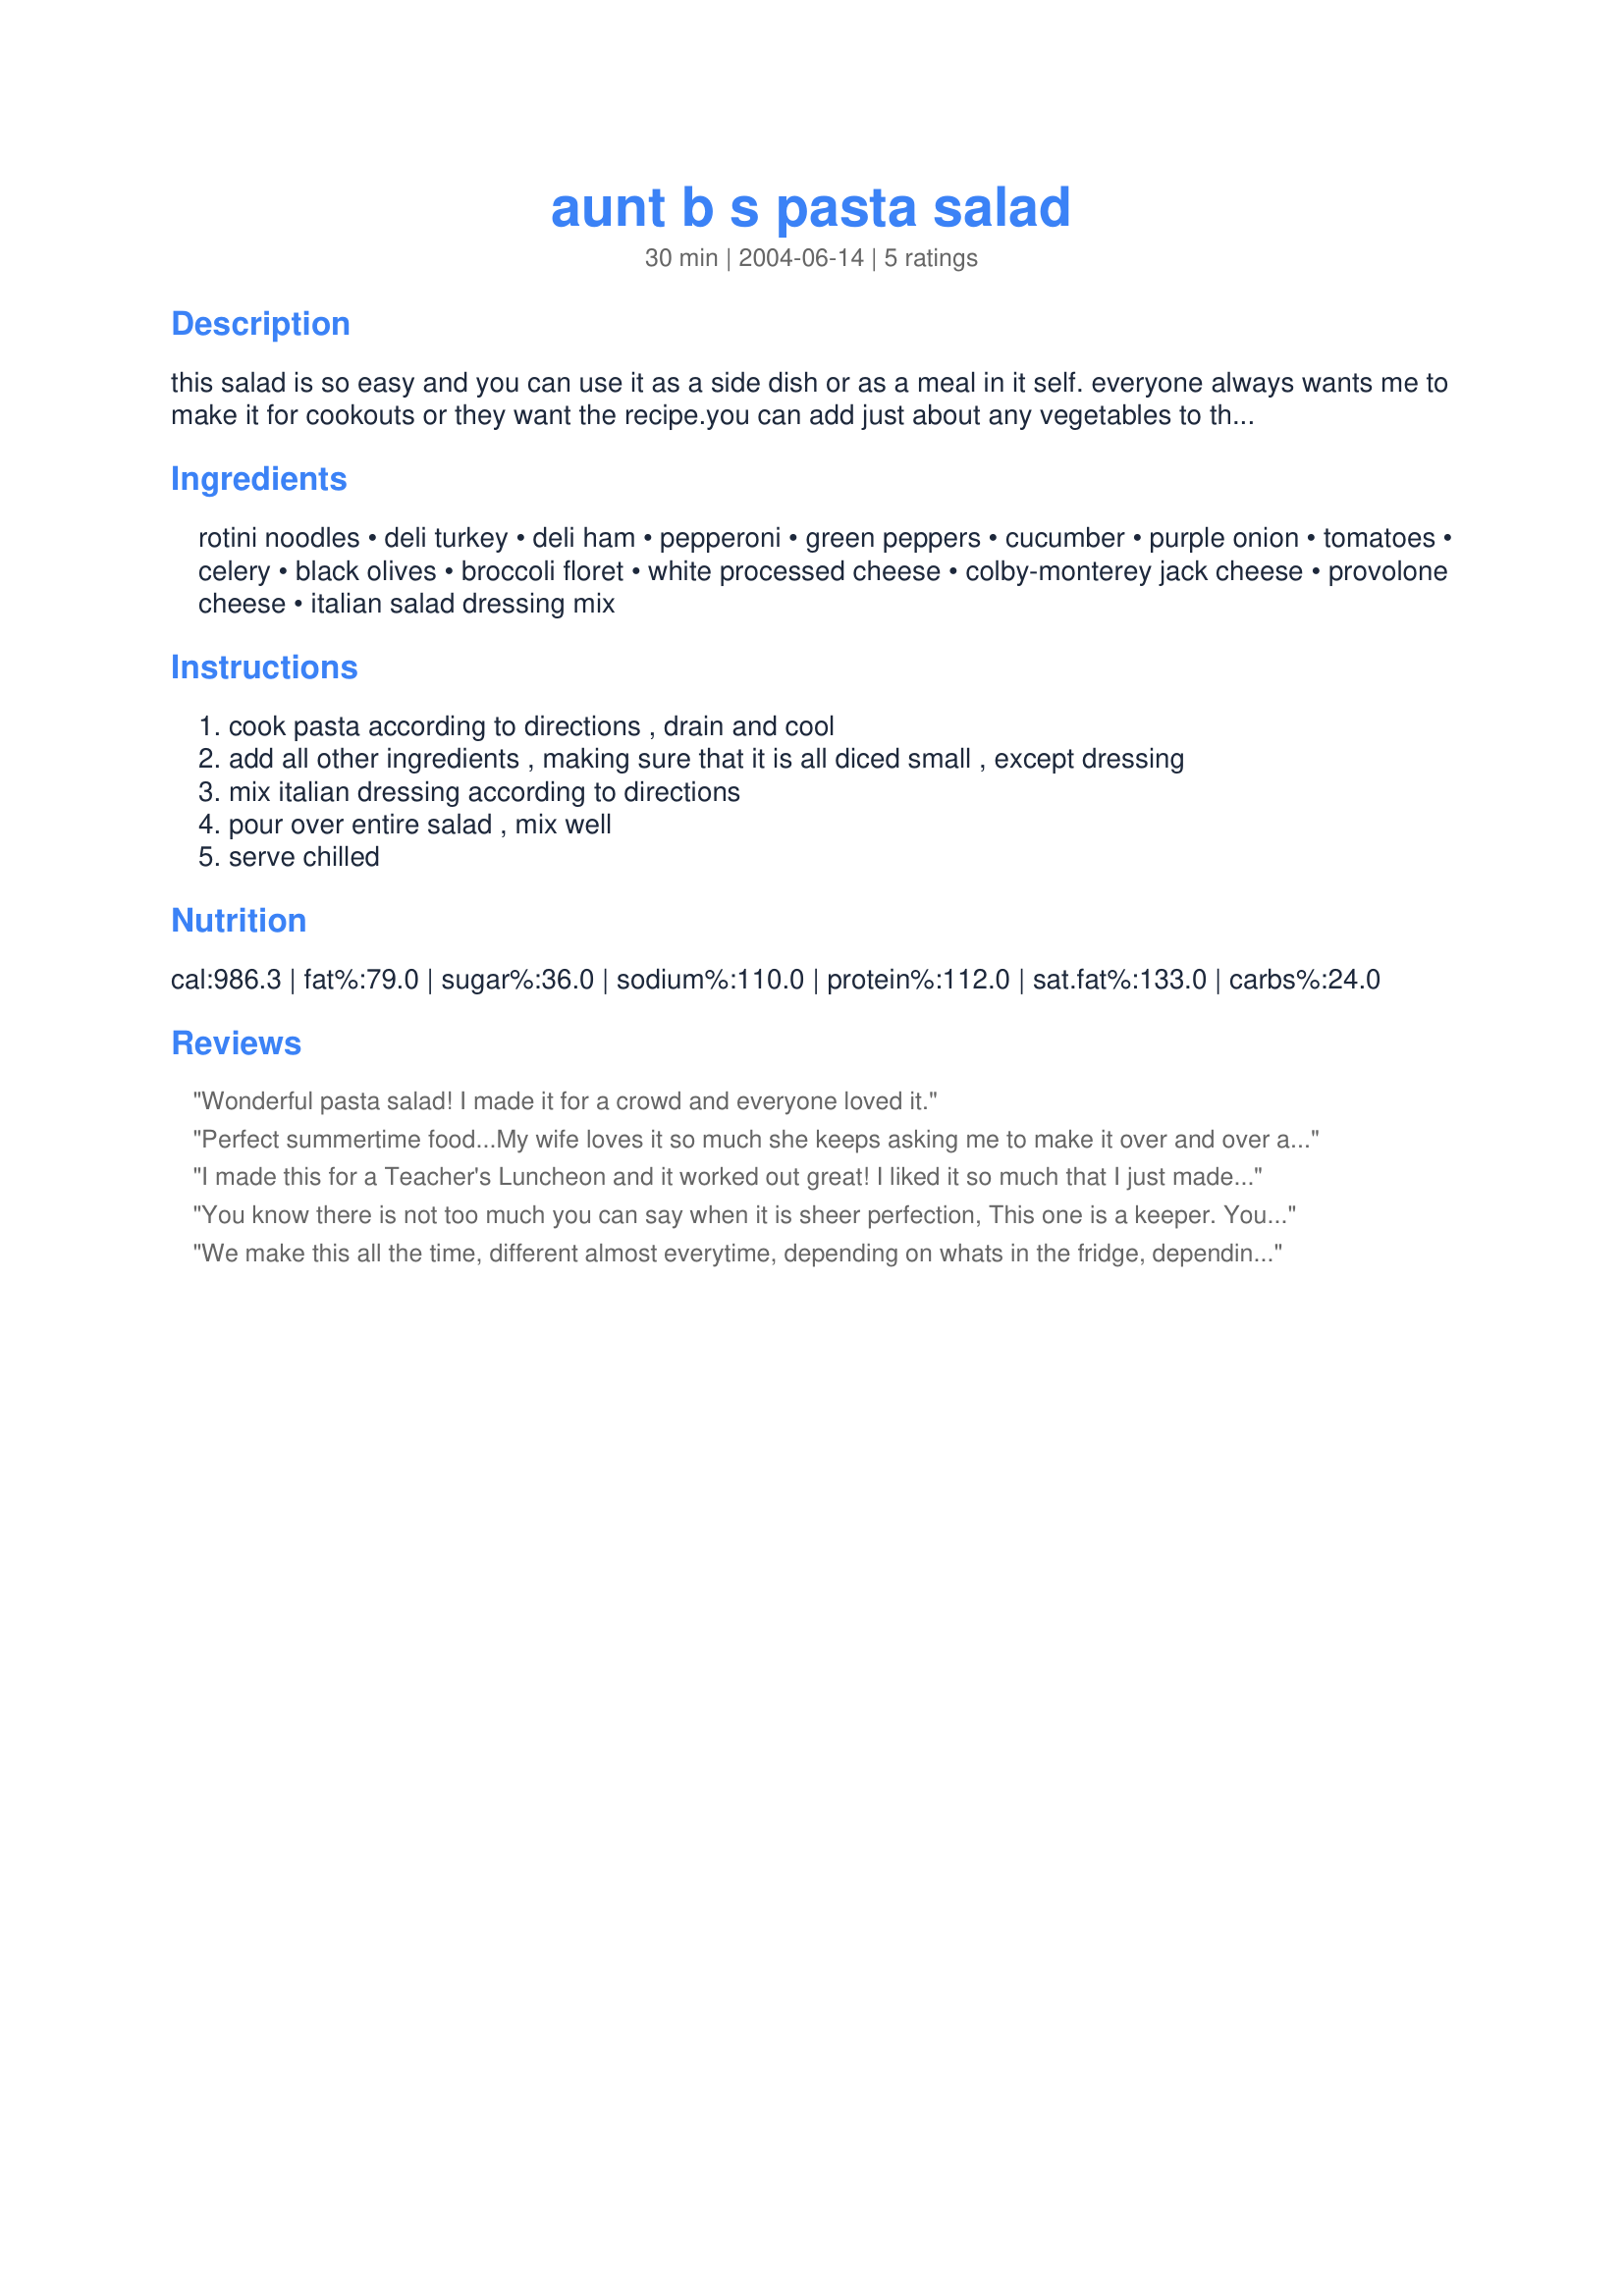
aunt b s pasta salad
Preparation time: 30 minutes

this salad is so easy and you can use it as a side dish or as a meal in it self. everyone always wants me to make it for cookouts or they want the recipe.you can add just about any vegetables to this. this will be one of your families favorite.

Ingredients:
rotini noodles, deli turkey, deli ham, pepperoni, green peppers, cucumber, purple onion, tomatoes, celery, black olives, broccoli floret, white processed cheese, colby-monterey jack cheese, provolone cheese, italian salad dressing mix

Steps:
cook pasta according to directions , drain and cool
add all other ingredients , making sure that it is all diced small , except dressing
mix italian dressing according to directions
pour over entire salad , mix well
serve chilled

Reviews:
Wonderful pasta salad! I made it for a crowd and everyone loved it.
Perfect summertime food...My wife loves it so much she keeps asking me to make it over and over again...Keep in mind this recipe makes a lot of salad...2 large bowls...so keep this in mind when you are making it...I did tweek the recipe a bit. I omitted the celery and onion, reduced 1/2 pound of cheese and used extra virgin olive oil instead of the vegetable oil needed for the italian seasoning packets...fantastic...this is a very forgiving recipe and you can add or subtract ingredients and it will still be a hit.....thank you for the recipe...
I made this for a Teacher's Luncheon and it worked out great! I liked it so much that I just made a batch for ourselves. I used some multi-colored rotini which added some more color. I am going to make this regularly to have on hand for hungry husband and kids! Thanks so much Aunt B., for posting.
Roxygirl
You know there is not too much you can say when it is sheer perfection, This one is a keeper. You know something else if the stars went higher than 5 I would give this a higher rating. Thanks for sharing.
JERSEYGIRL
We make this all the time, different almost everytime, depending on whats in the fridge, depending on what pasta I have on hand. Sometime there isnt ham but chicken or only one kind of cheese. We like a sprinkle of parmeasan over it too, we have changed cheddar for feta and changed the italian for greek dressing. I always get are you bringing your pasta salad.... Its a great summer salad. Thanks for posting it.
